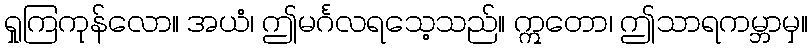
ရှုကြကုန်လော။ အယံ၊ ဤမင်္ဂလရသေ့သည်။ ဣတော၊ ဤသာရကမ္ဘာမှ။